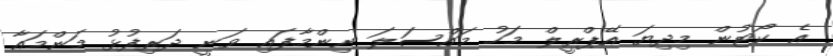
އެ ކޯޓުން މިދިޔަ އޭޕްރީލް މަހު މައްސަލަ ނިންމާފައި ވަނީ ދަރިފުޅު މަންމައާ